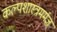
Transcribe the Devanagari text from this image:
कल्पशास्त्रमर्मज्ञ